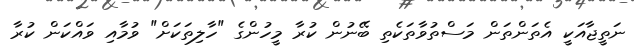
ނަތީޖާއަކީ އެތަންތަން މަސްތުވާތަކެތި ބޭނުން ކުރާ މީހުންގެ "ހާލިތަކަށް" ވުމާއި ވައްކަން ކުރާ